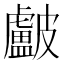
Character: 𥀵